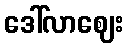
ဒေါ်လာဈေး